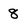
Character: 8